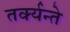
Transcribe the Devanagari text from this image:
तर्क्यन्ते